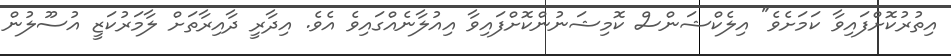
އިތުރުކޮށްފައިވާ ކަމަށެވެ" އިލެކްޝަންސް ކޮމިޝަނުންކޮށްފައިވާ އިއުލާނެއްގައިވެ އެވެ. އިދާރީ ދާއިރާތަށް ލާމަރުކަޒީ އުސޫލުން